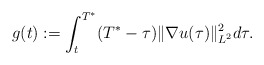
\begin{align*} g(t):= \int_{t}^{T^*} (T^*-\tau) \|\nabla u(\tau)\|^2_{L^2} d\tau.\end{align*}